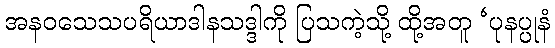
အနဝသေသပရိယာဒါနသဒ္ဒါကို ပြသကဲ့သို့ ထို့အတူ ‘ပုနပ္ပုနံ